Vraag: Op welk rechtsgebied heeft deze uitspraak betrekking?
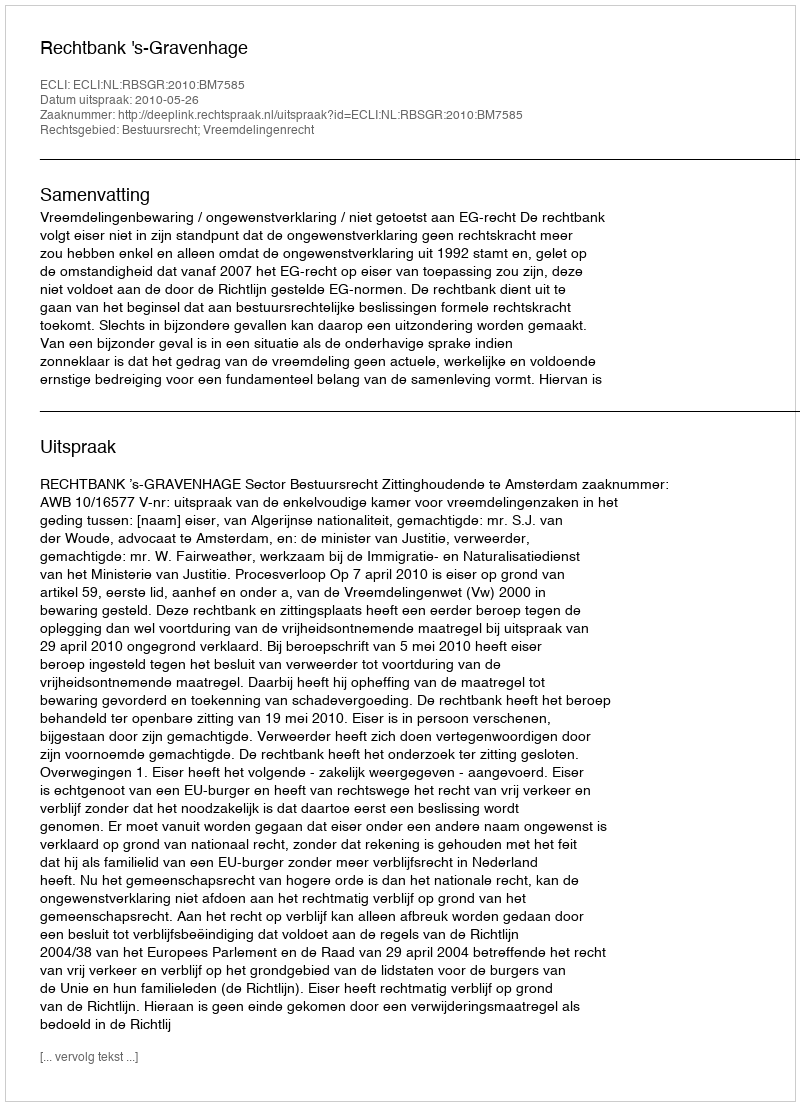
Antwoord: Bestuursrecht; Vreemdelingenrecht